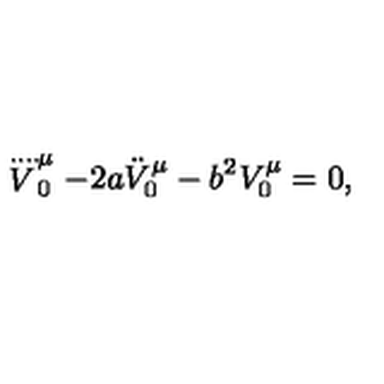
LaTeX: \stackrel { . . . . } V _ { 0 } ^ { \mu } - 2 a \ddot { V } _ { 0 } ^ { \mu } - b ^ { 2 } V _ { 0 } ^ { \mu } = 0 ,